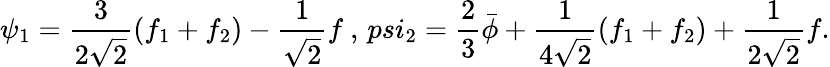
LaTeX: \psi_{1}=\frac{3}{2\sqrt{2}}(f_{1}+f_{2})-\frac{1}{\sqrt{2}}f\ ,\, psi_{2}=\frac{2}{3}\bar{\phi}+\frac{1}{4\sqrt{2}}(f_{1}+f_{2})+\frac{1}{2\sqrt{2}}f.